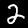
Digit: 2